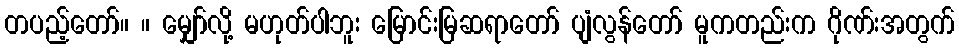
တပည့်တော်။ ။ မျှော်လို့ မဟုတ်ပါဘူး မြောင်းမြဆရာတော် ပျံလွန်တော် မူကတည်းက ဂိုဏ်းအတွက်